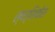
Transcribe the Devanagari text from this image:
स्पर्शिकेस